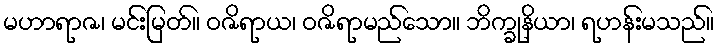
မဟာရာဇ၊ မင်းမြတ်။ ဝဇိရာယ၊ ဝဇိရာမည်သော။ ဘိက္ခုနိယာ၊ ရဟန်းမသည်။